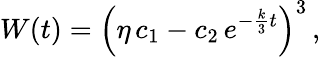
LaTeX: W(t)={\Big(}\eta\, c_{1}-c_{2}\, e^{-{\frac{k}{3}}t}{\Big)}^{3}\, ,